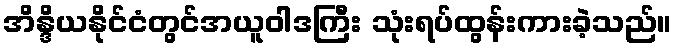
အိန္ဒိယနိုင်ငံတွင်အယူဝါဒကြီး သုံးရပ်ထွန်းကားခဲ့သည်။